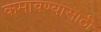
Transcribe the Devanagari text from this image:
कमावण्यासाठी